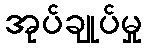
အုပ်ချုပ်မှု